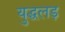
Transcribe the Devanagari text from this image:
युद्धलड़